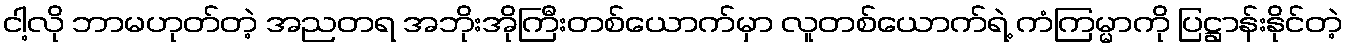
ငါ့လို ဘာမဟုတ်တဲ့ အညတရ အဘိုးအိုကြီးတစ်ယောက်မှာ လူတစ်ယောက်ရဲ့ ကံကြမ္မာကို ပြဋ္ဌာန်းနိုင်တဲ့